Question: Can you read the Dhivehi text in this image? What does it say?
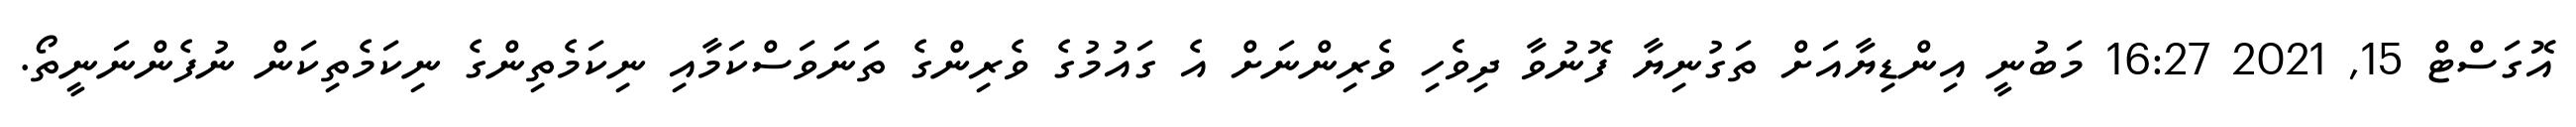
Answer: އޮގަސްޓް 15, 2021 16:27 މަބުނީ އިންޑިޔާއަށް ތަގުނިޔާ ފޮނުވާ ދިވެހި ވެރިންނަށް އެ ގައުމުގެ ވެރިންގެ ތަނަވަސްކަމާއި ނިކަމެތިންގެ ނިކަމެތިކަން ނުފެންނަނީތޯ.